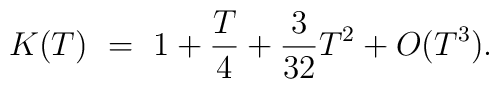
K(T)~=~1+ {T\over4} + {3\over{32}}T^2 + O(T^3).